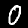
Digit: 0